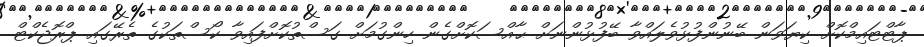
ޕާޓްޓައިމްކޮށް ކިޔަވަން ބޭނުންފުޅުވެލައްވާ ބޭފުޅުންނަށް ޙާއްސަކޮށްގެން ހިންގުމަށް ގަސްތުކޮށްފައިވާ ކޯސްތަކުގެ ތެރޭގައި ޕްރޮޖެކްޓް